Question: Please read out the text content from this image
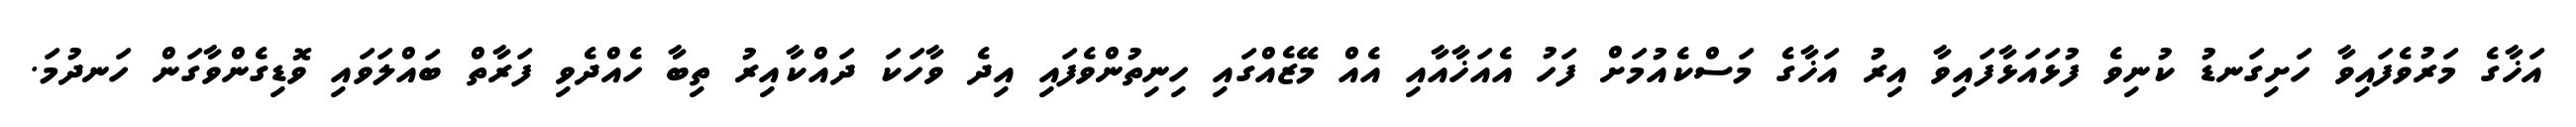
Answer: އަޚާގެ މަރުވެފައިވާ ހަށިގަނޑު ކުނިވެ ފުޅައަޅާފައިވާ އިރު އަޚާގެ މަސްކެއުމަށް ފަހު އެއަޚާއާއި އެއް މޭޒެއްގައި ހިނިތުންވެފައި އިދެ ވާހަކަ ދައްކާއިރު ތިބާ ހެއްދެވި ފަރާތް ބައްލަވައި ވޮޑިގެންވާގަން ހަނދުމަ.